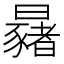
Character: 𣌂